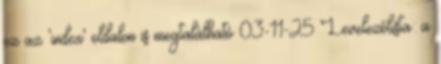
ez az 'index' oldalon is megtalálható 03-11-25 Levelezőlista: a